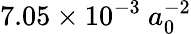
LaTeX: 7.05\times 10^{-3}\ a_{0}^{-2}